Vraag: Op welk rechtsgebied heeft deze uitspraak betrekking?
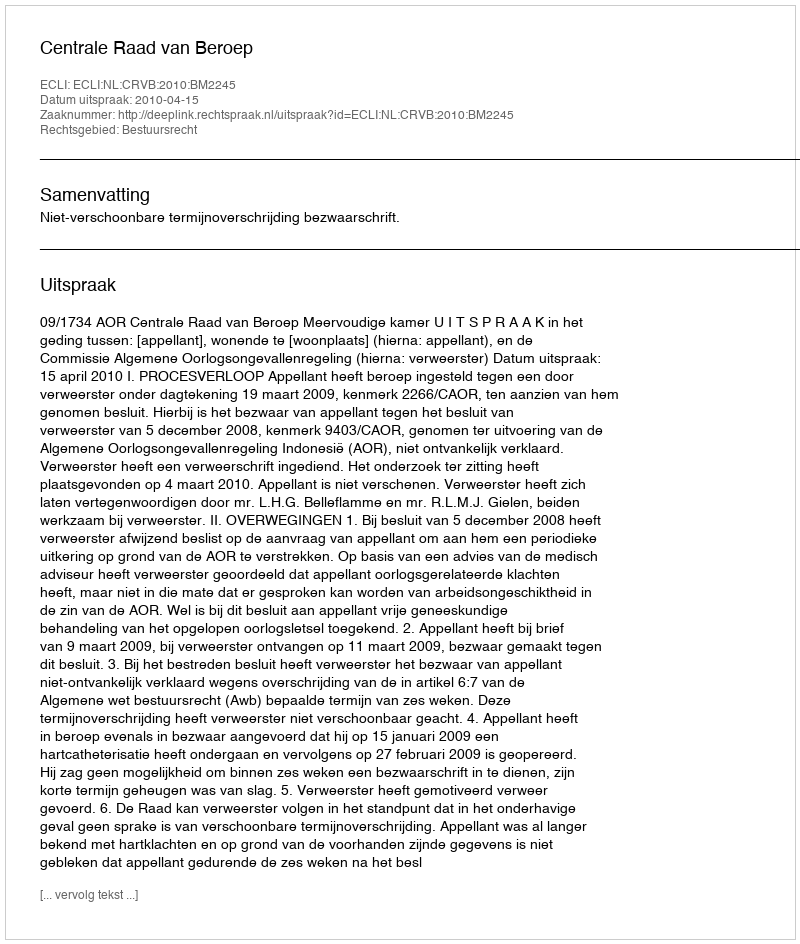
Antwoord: Bestuursrecht